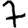
Digit: 7